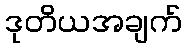
ဒုတိယအချက်